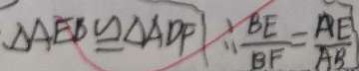
\Delta A E B \cong \Delta A D F \therefore \frac { B E } { B F } = \frac { A E } { A B }